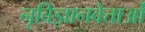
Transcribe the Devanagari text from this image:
नृविज्ञानवेत्ताओं